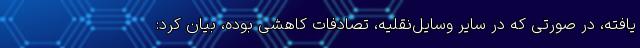
یافته، در صورتی که در سایر وسایل‌نقلیه، تصادفات کاهشی بوده، بیان کرد: